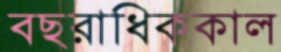
বছরাধিককাল